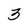
Character: 3